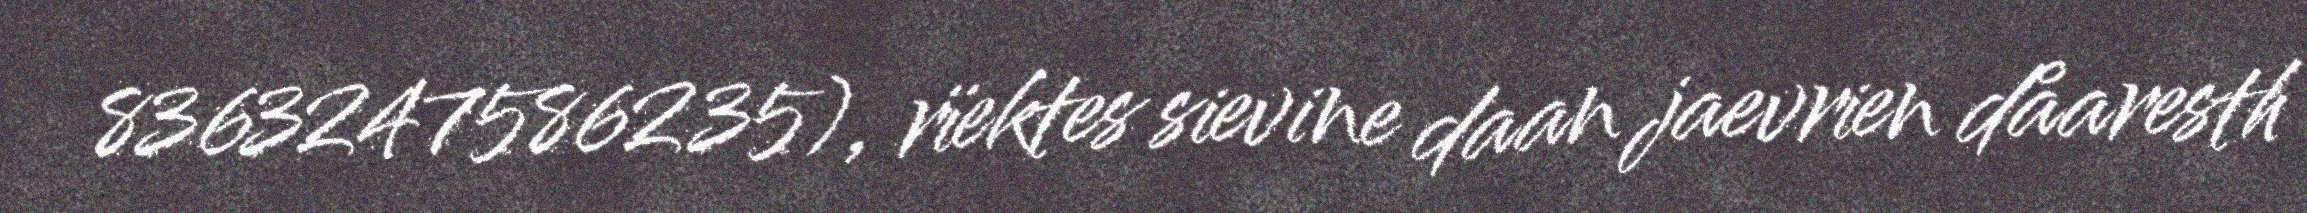
8363247586235), rïektes sievine daan jaevrien dåaresth